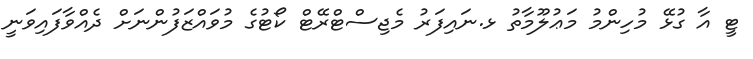
ޓީ އާ ގުޅޭ މުހިންމު މަޢުލޫމާތު ޅ.ނައިފަރު މެޖިސްޓްރޭޓް ކޯޓުގެ މުވައްޒަފުންނަށް ދެއްވާފައިވަނީ